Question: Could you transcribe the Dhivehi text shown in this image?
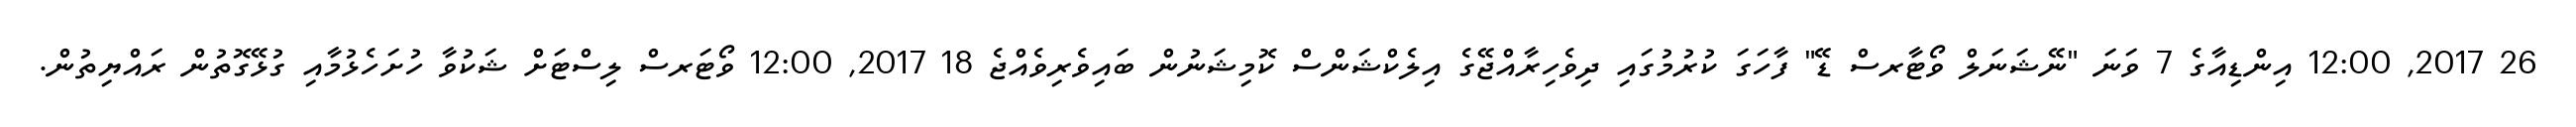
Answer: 26 2017, 12:00 އިންޑިއާގެ 7 ވަނަ "ނޭޝަނަލް ވޯޓާރސް ޑޭ" ފާހަގަ ކުރުމުގައި ދިވެހިރާއްޖޭގެ އިލެކްޝަންސް ކޮމިޝަނުން ބައިވެރިވެއްޖެ 18 2017, 12:00 ވޯޓަރސް ލިސްޓަށް ޝަކުވާ ހުށަހެޅުމާއި ގުޅޭގޮތުން ރައްޔިތުން.